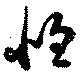
惶